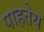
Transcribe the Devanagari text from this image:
पाहतेय